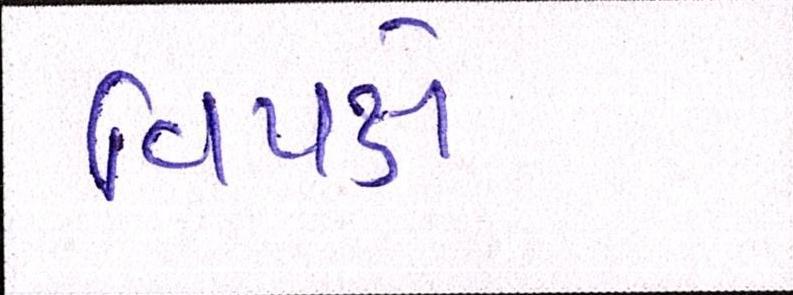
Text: વિપક્ષે